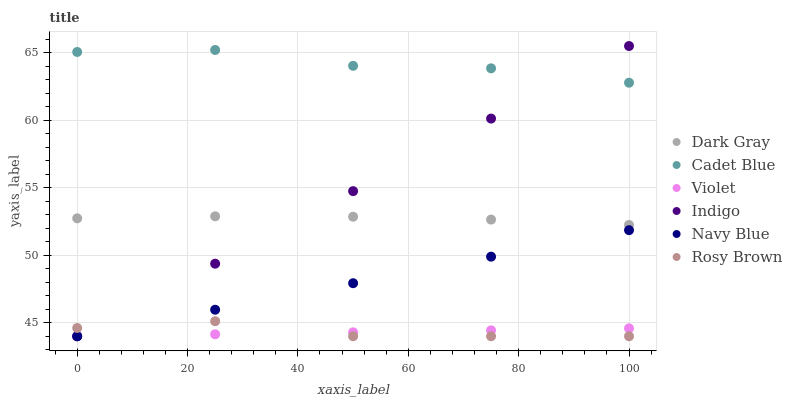
| xaxis_label | Dark Gray | Cadet Blue | Violet | Indigo | Navy Blue | Rosy Brown |
 | --- | --- | --- | --- | --- | --- | --- |
 | 0 | 52.7 | 65.1 | 44 | 44 | 44 | 44.6 |
 | 25 | 52.9 | 65.2 | 44.1 | 49.4 | 46 | 45.1 |
 | 50 | 52.9 | 64 | 44.3 | 54.7 | 47.9 | 44 |
 | 75 | 52.6 | 63.8 | 44.4 | 60.1 | 49.9 | 44 |
 | 100 | 52.2 | 62.8 | 44.6 | 65.5 | 51.9 | 44 |